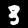
Digit: 3